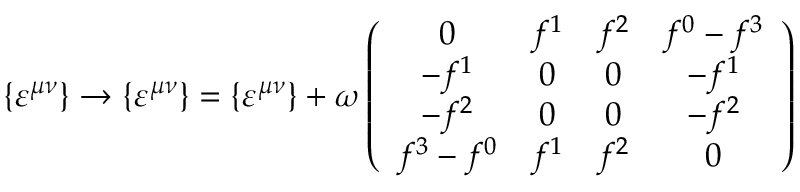
\{ \varepsilon ^ { \mu \nu } \} \rightarrow \{ \varepsilon ^ { \mu \nu } \} = \{ \varepsilon ^ { \mu \nu } \} + \omega \left( \begin{array} { c c c c } { { 0 } } & { { f ^ { 1 } } } & { { f ^ { 2 } } } & { { f ^ { 0 } - f ^ { 3 } } } \\ { { - f ^ { 1 } } } & { { 0 } } & { { 0 } } & { { - f ^ { 1 } } } \\ { { - f ^ { 2 } } } & { { 0 } } & { { 0 } } & { { - f ^ { 2 } } } \\ { { f ^ { 3 } - f ^ { 0 } } } & { { f ^ { 1 } } } & { { f ^ { 2 } } } & { { 0 } } \end{array} \right)